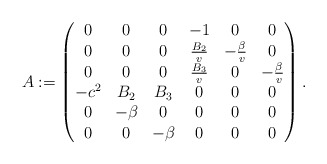
\begin{align*}A:= \left( \begin{matrix} 0&0&0&-1&0&0\\ 0&0&0&\frac{B_2}{v}&-\frac{\beta}{v}&0\\0&0&0&\frac{B_3}{v}&0&-\frac{\beta}{v}\\-c^2& B_2&B_3& 0&0&0\\ 0&-\beta &0&0&0&0\\0&0&-\beta &0&0&0 \end{matrix} \right).\end{align*}